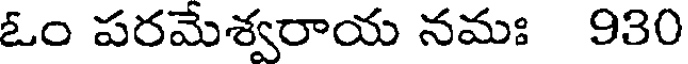
ఓం పరమేశ్వరాయ నమః 930